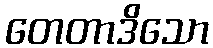
တေတာဒိသော